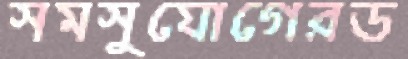
সমসুযোগেরড